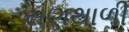
સણથાળી